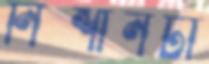
নিশানটা